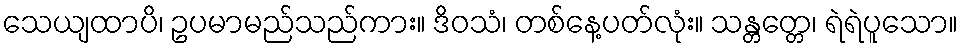
သေယျထာပိ၊ ဥပမာမည်သည်ကား။ ဒိဝသံ၊ တစ်နေ့ပတ်လုံး။ သန္တတ္တေ၊ ရဲရဲပူသော။